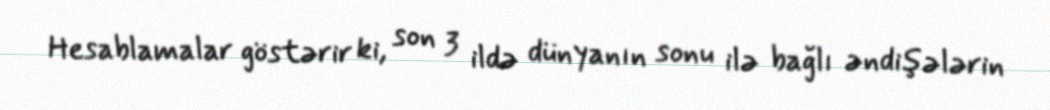
Hesablamalar göstərir ki, son 3 ildə dünyanın sonu ilə bağlı əndişələrin